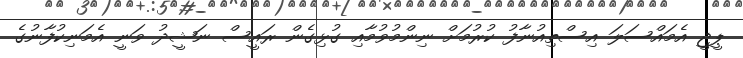
ޕީޖީ އެމައްސަލަ އިސްތިއުނާފު ކުރުމަށް ނިންމުވުމާއި ގުޅިގެން ރައީސް ނަޝީދު ވަނީ އެމަނިކުފާނުގެ